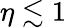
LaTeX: \eta\lesssim 1